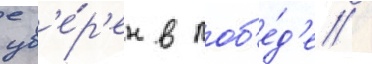
ув'е́р'ен в поб'е́д'е /